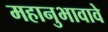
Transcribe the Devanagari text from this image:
महानुभावावे